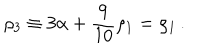
LaTeX: \rho _ { 3 } \equiv 3 \alpha + { \frac { 9 } { 1 0 } } \rho _ { 1 } = \rho _ { 1 } \, .